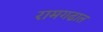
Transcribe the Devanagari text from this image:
रामगढात